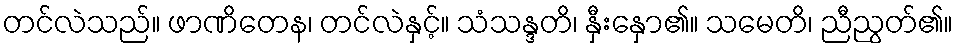
တင်လဲသည်။ ဖာဏိတေန၊ တင်လဲနှင့်။ သံသန္ဒတိ၊ နှီးနှော၏။ သမေတိ၊ ညီညွတ်၏။